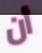
أن